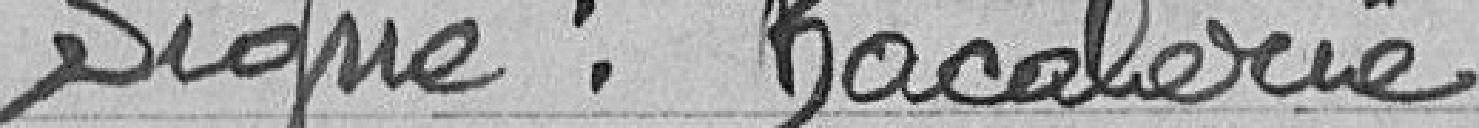
Signé: Bacalerie